Mobilization store table India
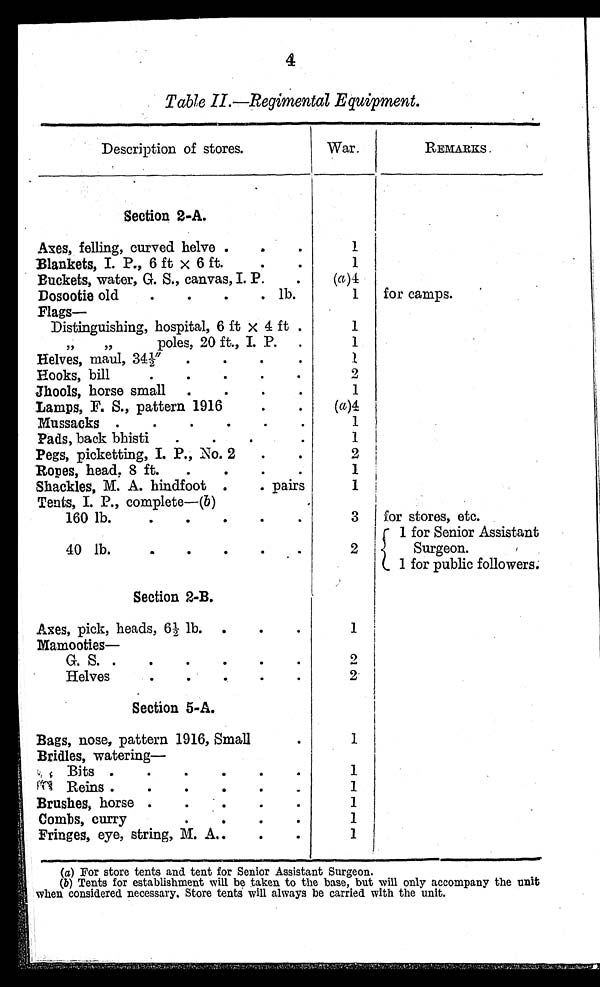
4
Table II.—Regimental Equipment.
Description of stores.
War.
REMARKS
Section 2-A.
Axes, felling, curved helve .
. .
1
Blankets, I. P., 6 ft x 6 ft.
.
.
1
Buckets, water, G. S., canvas, I. P.
.
(a)4
Dosootie old
.
.
.
. lb.
1
for camps.
Flags—
Distinguishing, hospital, 6 ft x 4 ft .
1
" " p o l e s , 2 0 f t . , I . P .
.
1
Helves, maul, 341/2"
.
.
.
.
1
Hooks, bill
2
Jhools, horse small .
.
.
.
1
Lamps, F. S., pattern 1916
.
.
(a)4
Mussacks .
.
.
.
.
.
1
Pads, back bhisti
.
.
.
1
Pegs, picketting, I. P., No. 2
.
.
2
Ropes, head, 8 ft.
.
.
.
.
1
Shackles, M. A. hindfoot .
. pairs
1
Tents, I. P., complete—(b)
160 lb.
.
.
.
•
.
3
for stores, etc.
1 for Senior Assistant
40 lb.
•
•
•
•
2
Surgeon.
1 for public followers.
Section 2-B.
Axes, pick, heads, 61/2 lb. . . .
1
Mamooties
—
G. S. .
.
.
.
.
.
2
Hel ves
2
Section 5-A.
.
Bags, nose, pattern 1916, Small.
1
Bridles, watering-
Bits .
.
.
1
Reins .
.
.
.
.
1
Brushes, horse .
.
1
Combs, curry
1
Fringes, eye, string, M. A..
.
.
1
(a)For store tents and tent for Senior Assistant Surgeon.
(b)Tents for establishment will be taken to the base, but will only accompany the unit
when considered necessary. Store tents will always be carried with the unit.